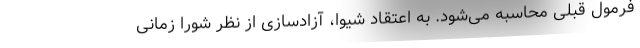
فرمول قبلی محاسبه می‌شود. به اعتقاد شیوا، آزادسازی از نظر شورا زمانی